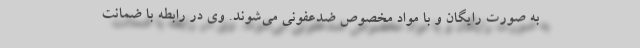
به صورت رایگان و با مواد مخصوص ضدعفونی می‌شوند. وی در رابطه با ضمانت